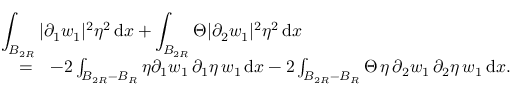
\begin{array} { r l r } { \lefteqn { \int _ { B _ { 2 R } } | \partial _ { 1 } w _ { 1 } | ^ { 2 } \eta ^ { 2 } \, \mathrm { d } x + \int _ { B _ { 2 R } } \Theta | \partial _ { 2 } w _ { 1 } | ^ { 2 } \eta ^ { 2 } \, \mathrm { d } x } } \\ & { = } & { - 2 \int _ { B _ { 2 R } - B _ { R } } \eta \partial _ { 1 } w _ { 1 } \, \partial _ { 1 } \eta \, w _ { 1 } \, \mathrm { d } x - 2 \int _ { B _ { 2 R } - B _ { R } } \Theta \, \eta \, \partial _ { 2 } w _ { 1 } \, \partial _ { 2 } \eta \, w _ { 1 } \, \mathrm { d } x . } \end{array}